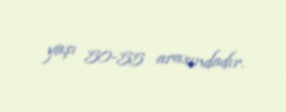
yaşı 50-55 arasındadır.